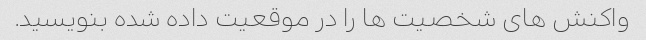
واکنش های شخصیت ها را در موقعیت داده شده بنویسید.